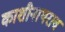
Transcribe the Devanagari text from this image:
काशीनाथराव